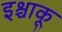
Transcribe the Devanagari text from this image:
इश्चाकू